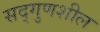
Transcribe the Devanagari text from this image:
सद्गुणशील